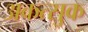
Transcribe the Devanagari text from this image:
अकत्सुक